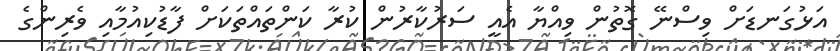
އަޅުގަނޑަށް ވިސްނޭ ގޮތުން ވިއްޔާ އެއީ ސަރުކާރުން ކުރާ ކަންތައްތަކަށް ފާޑުކިއުމާއި ވެރިންގެ